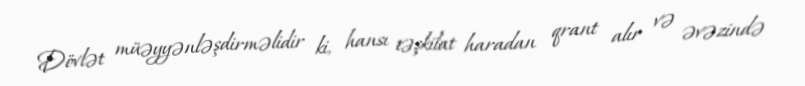
Dövlət müəyyənləşdirməlidir ki, hansı təşkilat haradan qrant alır və əvəzində